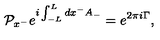
{ \cal P } _ { x ^ { - } } e ^ { i \int _ { - L } ^ { L } d x ^ { - } A _ { - } } = e ^ { 2 \pi i \Gamma } ,